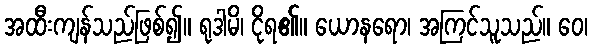
အထီးကျန်သည်ဖြစ်၍။ ရုဒါမိ၊ ငိုရ၏။ ယောနရော၊ အကြင်သူသည်။ ဝေ၊